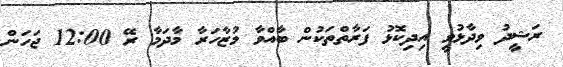
ރަޝީދު ވިދާޅުވީ އިދިކޮޅު ފަރާތްތަކުން ބާއްވާ މުޒާހަރާ މާދަމާ ރޭ 12:00 ޖަހަން